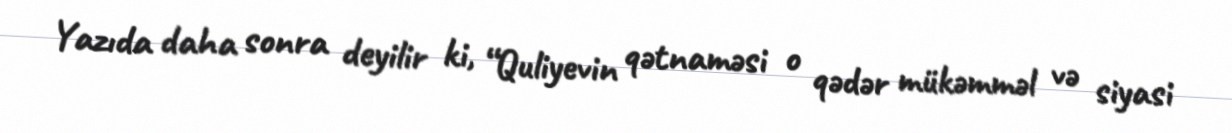
Yazıda daha sonra deyilir ki, “Quliyevin qətnaməsi o qədər mükəmməl və siyasi